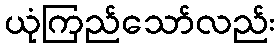
ယုံကြည်သော်လည်း